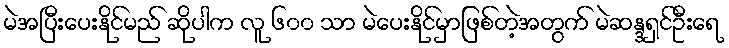
မဲအပြီးပေးနိုင်မည် ဆိုပါက လူ ၆၀၀ သာ မဲပေးနိုင်မှာဖြစ်တဲ့အတွက် မဲဆန္ဒရှင်ဦးရေ